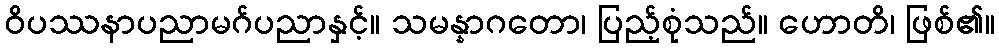
ဝိပဿနာပညာမဂ်ပညာနှင့်။ သမန္နာဂတော၊ ပြည့်စုံသည်။ ဟောတိ၊ ဖြစ်၏။